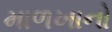
માળખાનો